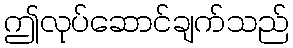
ဤလုပ်ဆောင်ချက်သည်